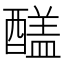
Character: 𨢸